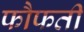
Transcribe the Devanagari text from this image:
फौफती